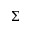
\boldsymbol { \Sigma }